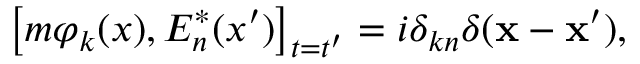
\left[ m \varphi _ { k } ( x ) , E _ { n } ^ { * } ( x ^ { \prime } ) \right] _ { t = t ^ { \prime } } = i \delta _ { k n } \delta ( \mathbf { x } - \mathbf { x } ^ { \prime } ) ,